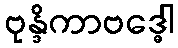
ဗုန္ဒိကာဗဒ္ဓေါ